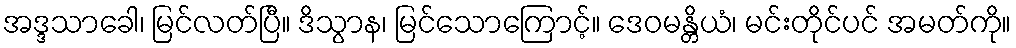
အဒ္ဒသာခေါ၊ မြင်လတ်ပြီ။ ဒိသွာန၊ မြင်သောကြောင့်။ ဒေဝမန္တိယံ၊ မင်းတိုင်ပင် အမတ်ကို။